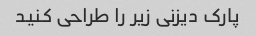
پارک دیزنی زیر را طراحی کنید